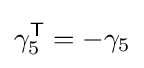
\gamma _{5}^{\textsf {T}}=-\gamma _{5}